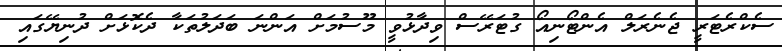
ސެކްރެޓަރީ ޖެނެރަލް އެންޓޯނިއޯ ގުޓަރޭސް ވިދާޅުވީ މޫސުމަށް އަންނަ ބަދަލުތަކާ ދެކޮޅަށް ދުނިޔޭގައި